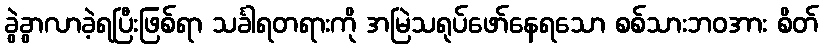
ခွဲခွာလာခဲ့ရပြီးဖြစ်ရာ သင်္ခါရတရားကို အမြဲသရုပ်ဖော်နေရသော စစ်သားဘဝအား စိတ်